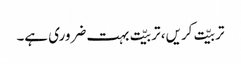
تربیّت کریں، تربیّت بہت ضروری ہے۔